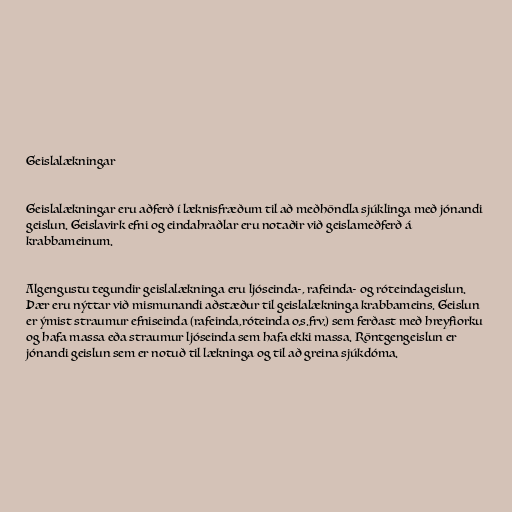
Geislalækningar

Geislalækningar eru aðferð í læknisfræðum til að meðhöndla sjúklinga með jónandi
geislun. Geislavirk efni og eindahraðlar eru notaðir við geislameðferð á
krabbameinum.

Algengustu tegundir geislalækninga eru ljóseinda-, rafeinda- og róteindageislun.
Þær eru nýttar við mismunandi aðstæður til geislalækninga krabbameins. Geislun
er ýmist straumur efniseinda (rafeinda,róteinda o.s.frv.) sem ferðast með hreyfiorku
og hafa massa eða straumur ljóseinda sem hafa ekki massa. Röntgengeislun er
jónandi geislun sem er notuð til lækninga og til að greina sjúkdóma.